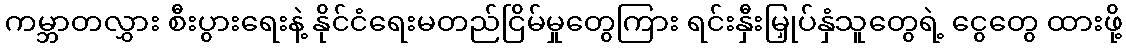
ကမ္ဘာတလွှား စီးပွားရေးနဲ့ နိုင်ငံရေးမတည်ငြိမ်မှုတွေကြား ရင်းနှီးမြှုပ်နှံသူတွေရဲ့ ငွေတွေ ထားဖို့